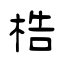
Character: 梏